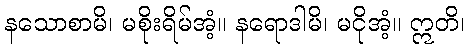
နသောစာမိ၊ မစိုးရိမ်အံ့။ နရောဒါမိ၊ မငိုအံ့။ ဣတိ၊